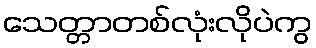
သေတ္တာတစ်လုံးလိုပဲကွ